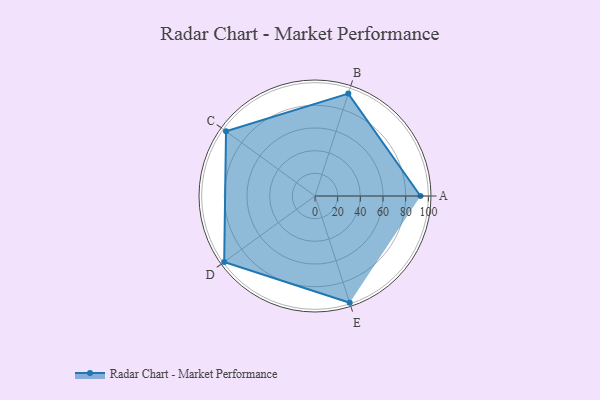
{"axis": {"x": "Skill", "y": "Score"}, "legend": ["Profile"], "data": [{"x": "A", "y": 93.0, "type": "Profile"}, {"x": "B", "y": 95.0, "type": "Profile"}, {"x": "C", "y": 97.0, "type": "Profile"}, {"x": "D", "y": 99, "type": "Profile"}, {"x": "E", "y": 99, "type": "Profile"}]}